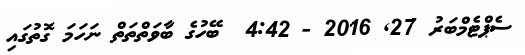
ސެޕްޓެމްބަރު 27